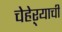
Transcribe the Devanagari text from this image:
चेहेऱ्याची